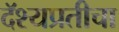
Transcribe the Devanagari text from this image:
दॅश्यप्रतीचा